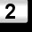
Digit: 2